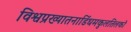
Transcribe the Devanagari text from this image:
विश्वप्रख्यातनाडिंधमकुलतिलको